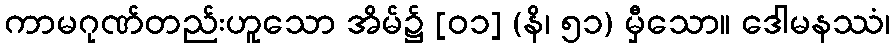
ကာမဂုဏ်တည်းဟူသော အိမ်၌ [၀၁] (နိ၊ ၅၁) မှီသော။ ဒေါမနဿံ၊